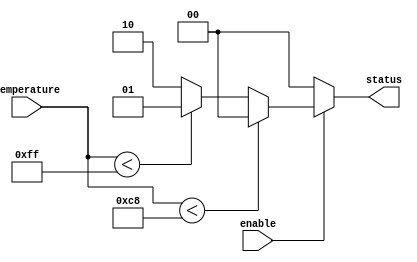
module thermal_encoder (
    input [7:0] temperature,  // 8-bit analog temperature input from ADC
    input enable,             // Enable signal for the encoder
    output reg [1:0] status   // 2-bit output for thermal status
);

// Define thermal status codes
localparam NORMAL   = 2'b00; // Normal status
localparam WARNING  = 2'b01; // Warning status
localparam CRITICAL = 2'b10; // Critical status

// Define temperature thresholds
localparam WARNING_THRESHOLD = 8'd200; // Example threshold for warning (200C)
localparam CRITICAL_THRESHOLD = 8'd255; // Example threshold for critical (255C)

always @(*) begin
    if (!enable) begin
        status = NORMAL; // Default status when not enabled
    end else begin
        // Combinational logic for thermal status encoding
        if (temperature < WARNING_THRESHOLD) begin
            status = NORMAL; // Normal temperature range
        end else if (temperature < CRITICAL_THRESHOLD) begin
            status = WARNING; // Warning temperature range
        end else begin
            status = CRITICAL; // Critical temperature range
        end
    end
end

endmodule